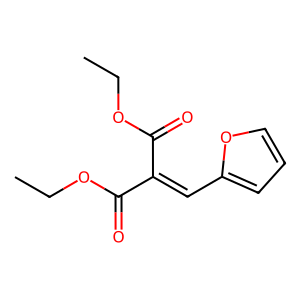
SMILES: CCOC(=O)C(=Cc1ccco1)C(=O)OCC
Inhibits HIV replication: No